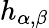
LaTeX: h_{\alpha,\beta}